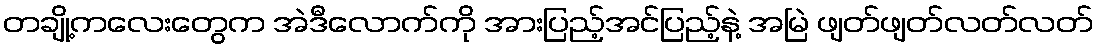
တချို့ကလေးတွေက အဲဒီလောက်ကို အားပြည့်အင်ပြည့်နဲ့ အမြဲ ဖျတ်ဖျတ်လတ်လတ်